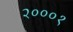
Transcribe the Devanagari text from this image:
२०००१